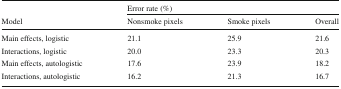
<table><thead><tr><td></td><td colspan="3"><b>Error rate (%)</b></td></tr><tr><td><b>Model</b></td><td><b>Nonsmoke pixels</b></td><td><b>Smoke pixels</b></td><td><b>Overall</b></td></tr></thead><tbody><tr><td>Main effects, logistic</td><td>21.1</td><td>25.9</td><td>21.6</td></tr><tr><td>Interactions, logistic</td><td>20.0</td><td>23.3</td><td>20.3</td></tr><tr><td>Main effects, autologistic</td><td>17.6</td><td>23.9</td><td>18.2</td></tr><tr><td>Interactions, autologistic</td><td>16.2</td><td>21.3</td><td>16.7</td></tr></tbody></table>